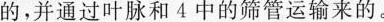
的，并通过叶脉和4中的筛管运输来的。